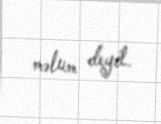
məlum deyil.